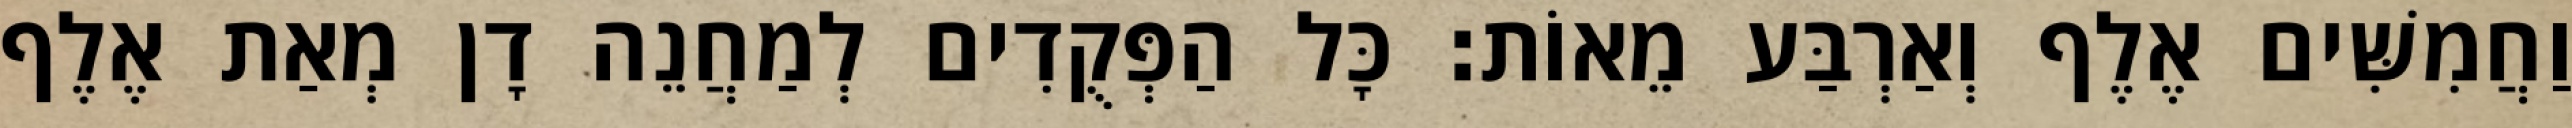
וַחֲמִשִּׁים אֶלֶף וְאַרְבַּע מֵאוֹת׃ כָּל הַפְּקֻדִים לְמַחֲנֵה דָן מְאַת אֶלֶף